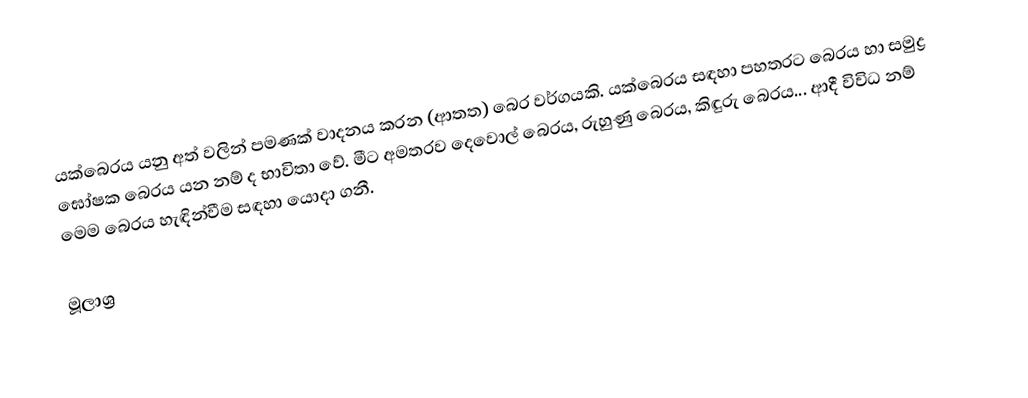
යක්බෙරය යනු අත් වලින් පමණක් වාදනය කරන (ආතත) බෙර වර්ගයකි. යක්බෙරය සඳහා පහතරට බෙරය හා සමුද්‍ර ඝෝෂක බෙරය යන නම් ද භාවිතා වේ. මීට අමතරව දෙවොල් බෙරය, රුහුණු බෙරය, කිඳුරු බෙරය... ආදී විවිධ නම් මෙම බෙරය හැඳින්වීම සඳහා යොදා ගනී.

මූලාශ්‍ර